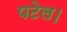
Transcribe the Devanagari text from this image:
पटेल।